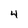
Character: 4